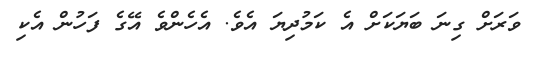
ވަރަށް ގިނަ ބަޔަކަށް އެ ކަމުދިޔަ އެވެ. އެހެންވެ އޭގެ ފަހުން އެކި